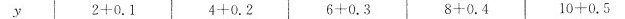
y $$2+0.1$$ $$ 4+0.2$$ $$6+0.3$$ $$8+0.4$$ $$10+0.5$$